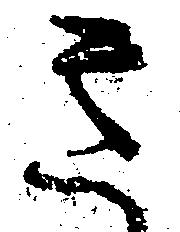
き